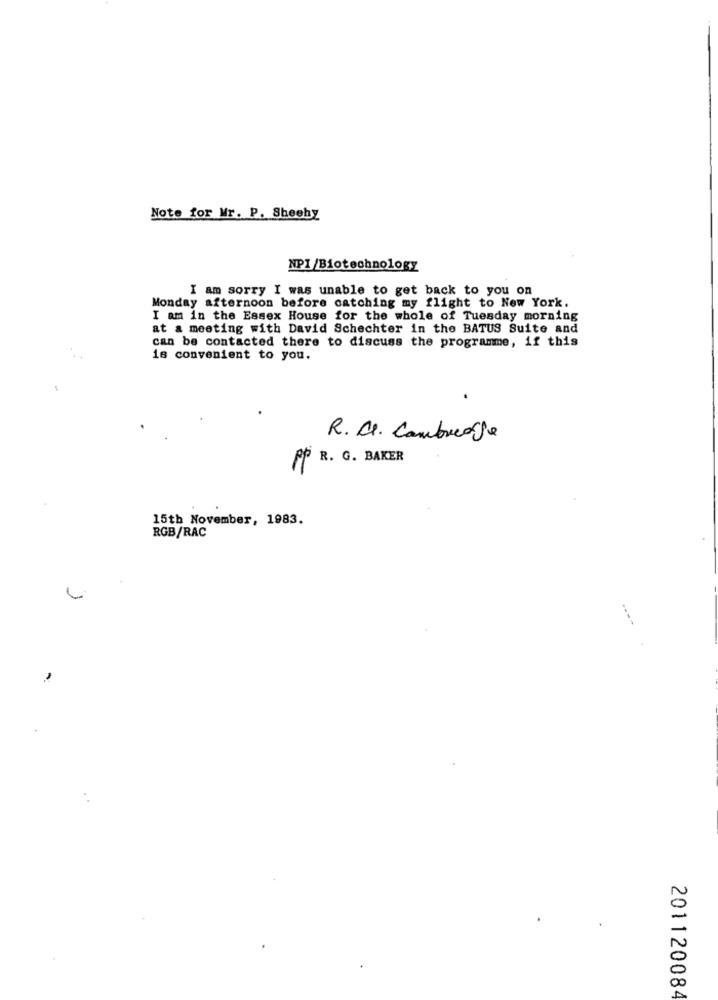
Note for Mr. P. Sheehy
NPI/Biotechnology
I am sorry I was unable to get back to you on
Monday afternoon before catching my flight to New York.
I am in the Essex House for the whole of Tuesday morning
at a meeting with David Schechter in the BATUS Suite and
can be contacted there to discuss the programme, if this
is convenient to you.
.
R. C. Cambridge
PP R. G. BAKER
15th November, 1983.
RGB/RAC
201120084